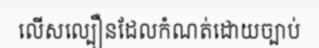
លើសល្បឿនដែលកំណត់ដោយច្បាប់